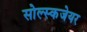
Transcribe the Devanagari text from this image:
सोल्स्कजेयर